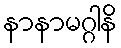
နာနာမဂ္ဂါနိ